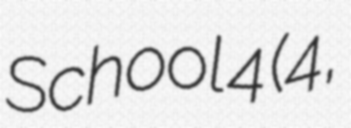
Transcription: School 4 (学校の怪談4,